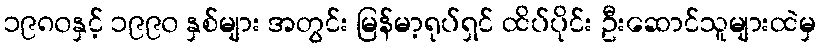
၁၉၈၀နှင့် ၁၉၉၀ နှစ်များ အတွင်း မြန်မာ့ရုပ်ရှင် ထိပ်ပိုင်း ဦးဆောင်သူများထဲမှ